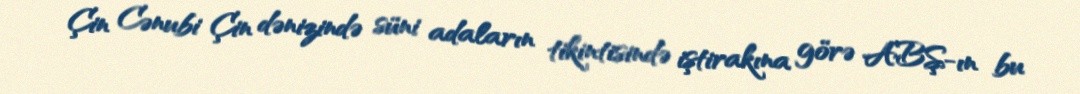
Çin Cənubi Çin dənizində süni adaların tikintisində iştirakına görə ABŞ-ın bu